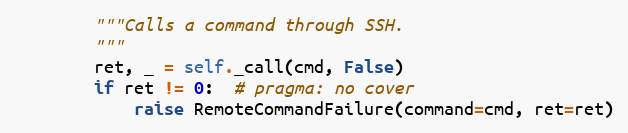
Language: Python
        """Calls a command through SSH.
        """
        ret, _ = self._call(cmd, False)
        if ret != 0:  # pragma: no cover
            raise RemoteCommandFailure(command=cmd, ret=ret)